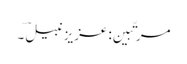
مرتّبین: عزیز نبیلؔ ۔